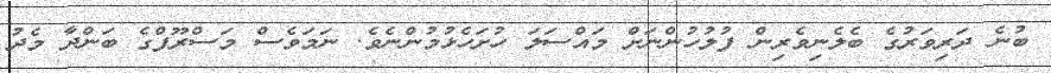
ބުނެ ދަރިވަރުގެ ބެލެނިވެރިން ފުލުހުންނަށް މައްސަލަ ހުށަހެޅުމުންނެވެ. ނަމަވެސް މަސްރޫފްގެ ބަންދާ މެދު